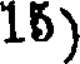
15)